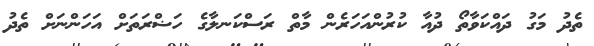
ތެދު މަގު ދައްކަވާތޯ ދުއާ ކުރުންއަހަރެން މާތް ރަސްކަނލާގެ ހަޟްރަތަށް އަހަންނަށް ތެދު